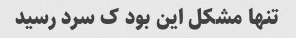
تنها مشکل این بود ک سرد رسید